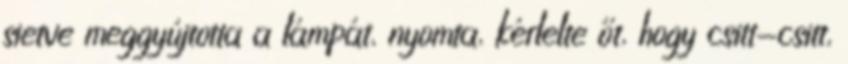
sietve meggyújtotta a lámpát, nyomta, kérlelte őt, hogy csitt-csitt,